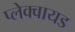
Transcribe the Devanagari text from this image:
प्लेक्वायड